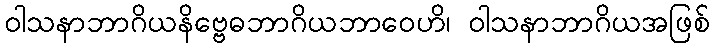
ဝါသနာဘာဂိယနိဗ္ဗေဓဘာဂိယဘာဝေဟိ၊ ဝါသနာဘာဂိယအဖြစ်